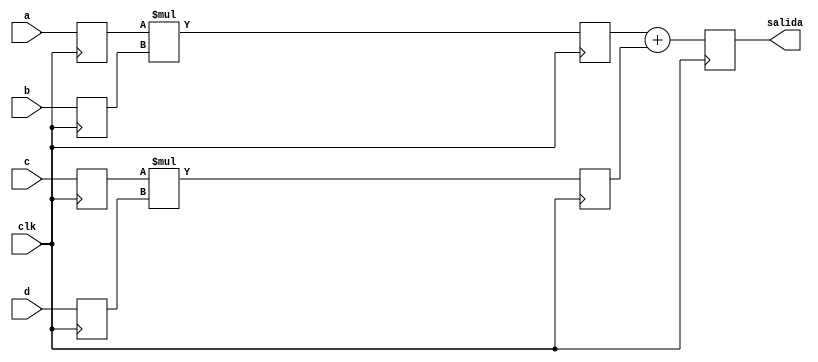
module sum_mult2 (
    input [3:0] a,b,c,d,
    input clk,
    output reg [7:0] salida
);
    reg [3:0] A,B,C,D;
    reg [7:0] mult1,mult2 ;
    reg [7:0] suma;

    always @(posedge clk) begin
        A<=a;
        B<=b;
        C<=c;
        D<=d;

        mult1<=A*B;    
        mult2<=C*D;

        suma=mult1+mult2;

        salida<=suma;
    end 
endmodule